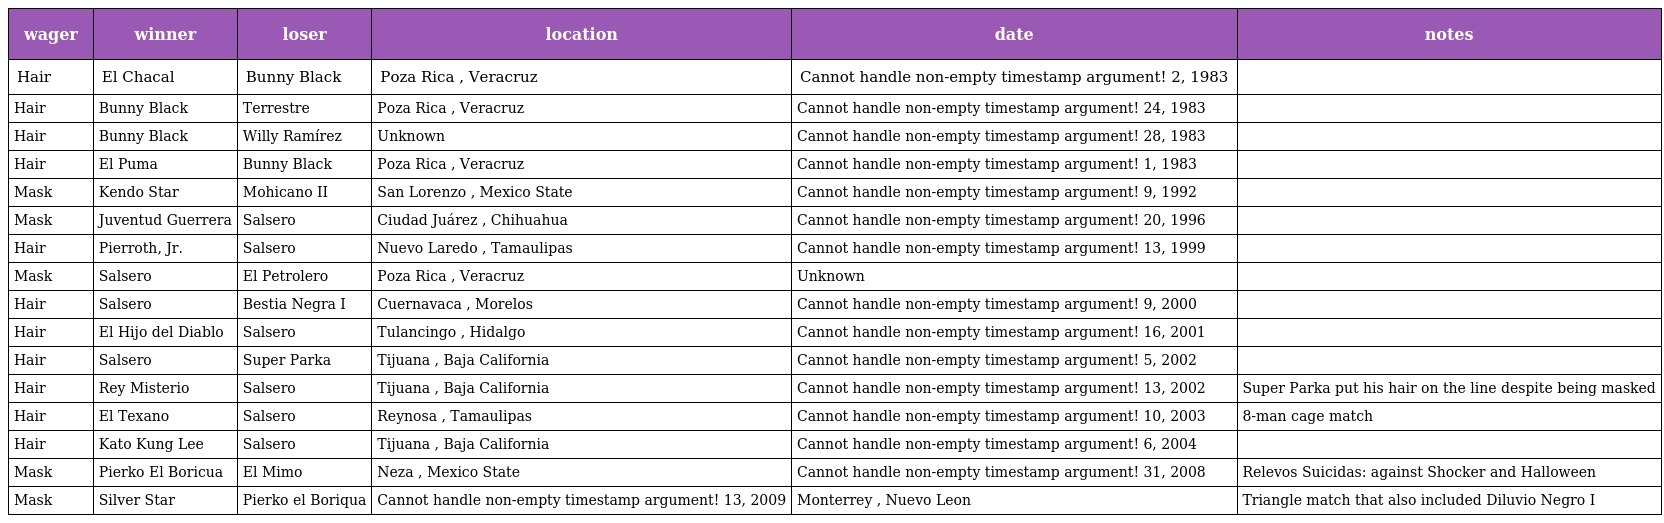
| wager | winner | loser | location | date | notes |
 | --- | --- | --- | --- | --- | --- |
 | Hair | El Chacal | Bunny Black | Poza Rica , Veracruz | Cannot handle non-empty timestamp argument! 2, 1983 |  |
 | Hair | Bunny Black | Terrestre | Poza Rica , Veracruz | Cannot handle non-empty timestamp argument! 24, 1983 |  |
 | Hair | Bunny Black | Willy Ramírez | Unknown | Cannot handle non-empty timestamp argument! 28, 1983 |  |
 | Hair | El Puma | Bunny Black | Poza Rica , Veracruz | Cannot handle non-empty timestamp argument! 1, 1983 |  |
 | Mask | Kendo Star | Mohicano II | San Lorenzo , Mexico State | Cannot handle non-empty timestamp argument! 9, 1992 |  |
 | Mask | Juventud Guerrera | Salsero | Ciudad Juárez , Chihuahua | Cannot handle non-empty timestamp argument! 20, 1996 |  |
 | Hair | Pierroth, Jr. | Salsero | Nuevo Laredo , Tamaulipas | Cannot handle non-empty timestamp argument! 13, 1999 |  |
 | Mask | Salsero | El Petrolero | Poza Rica , Veracruz | Unknown |  |
 | Hair | Salsero | Bestia Negra I | Cuernavaca , Morelos | Cannot handle non-empty timestamp argument! 9, 2000 |  |
 | Hair | El Hijo del Diablo | Salsero | Tulancingo , Hidalgo | Cannot handle non-empty timestamp argument! 16, 2001 |  |
 | Hair | Salsero | Super Parka | Tijuana , Baja California | Cannot handle non-empty timestamp argument! 5, 2002 |  |
 | Hair | Rey Misterio | Salsero | Tijuana , Baja California | Cannot handle non-empty timestamp argument! 13, 2002 | Super Parka put his hair on the line despite being masked |
 | Hair | El Texano | Salsero | Reynosa , Tamaulipas | Cannot handle non-empty timestamp argument! 10, 2003 | 8-man cage match |
 | Hair | Kato Kung Lee | Salsero | Tijuana , Baja California | Cannot handle non-empty timestamp argument! 6, 2004 |  |
 | Mask | Pierko El Boricua | El Mimo | Neza , Mexico State | Cannot handle non-empty timestamp argument! 31, 2008 | Relevos Suicidas: against Shocker and Halloween |
 | Mask | Silver Star | Pierko el Boriqua | Cannot handle non-empty timestamp argument! 13, 2009 | Monterrey , Nuevo Leon | Triangle match that also included Diluvio Negro I |